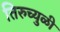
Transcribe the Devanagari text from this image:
तिरुच्युळी